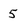
Character: 5